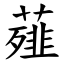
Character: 薤